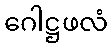
ဂေါဋ္ဌဖလံ